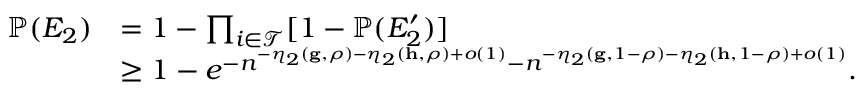
\begin{array} { r l } { { \mathbb P } ( E _ { 2 } ) } & { = 1 - \prod _ { i \in \mathcal { T } } [ 1 - { \mathbb P } ( E _ { 2 } ^ { \prime } ) ] } \\ & { \geq 1 - e ^ { - n ^ { - \eta _ { 2 } ( \mathbf { g } , \rho ) - \eta _ { 2 } ( \mathbf { h } , \rho ) + o ( 1 ) } - n ^ { - \eta _ { 2 } ( \mathbf { g } , 1 - \rho ) - \eta _ { 2 } ( \mathbf { h } , 1 - \rho ) + o ( 1 ) } } . } \end{array}